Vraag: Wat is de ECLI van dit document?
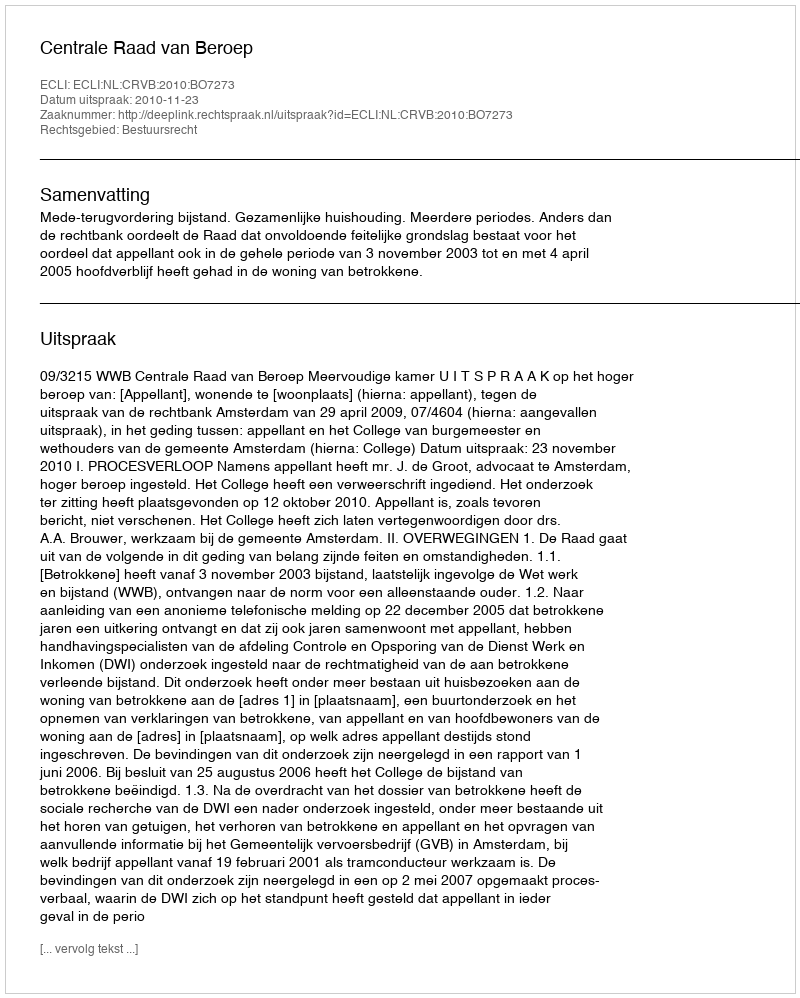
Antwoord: ECLI:NL:CRVB:2010:BO7273